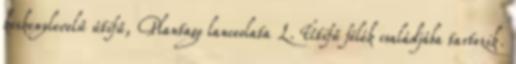
keskenylevelű útifű, Plantago lanceolata L. Útifű félék családjába tartozik.